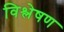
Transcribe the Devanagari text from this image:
विश्ल्‍ोषण